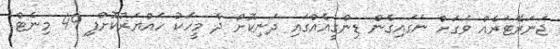
ޖަނަރޭޓަރެއް ވަގަށް ނަގައިގެން ޑިންގީއެއްގައި ދަނިކޮށް ދެ މީހަކު ހައްޔަރުކޮށްފި 49 މިނެޓް